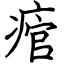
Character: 痯